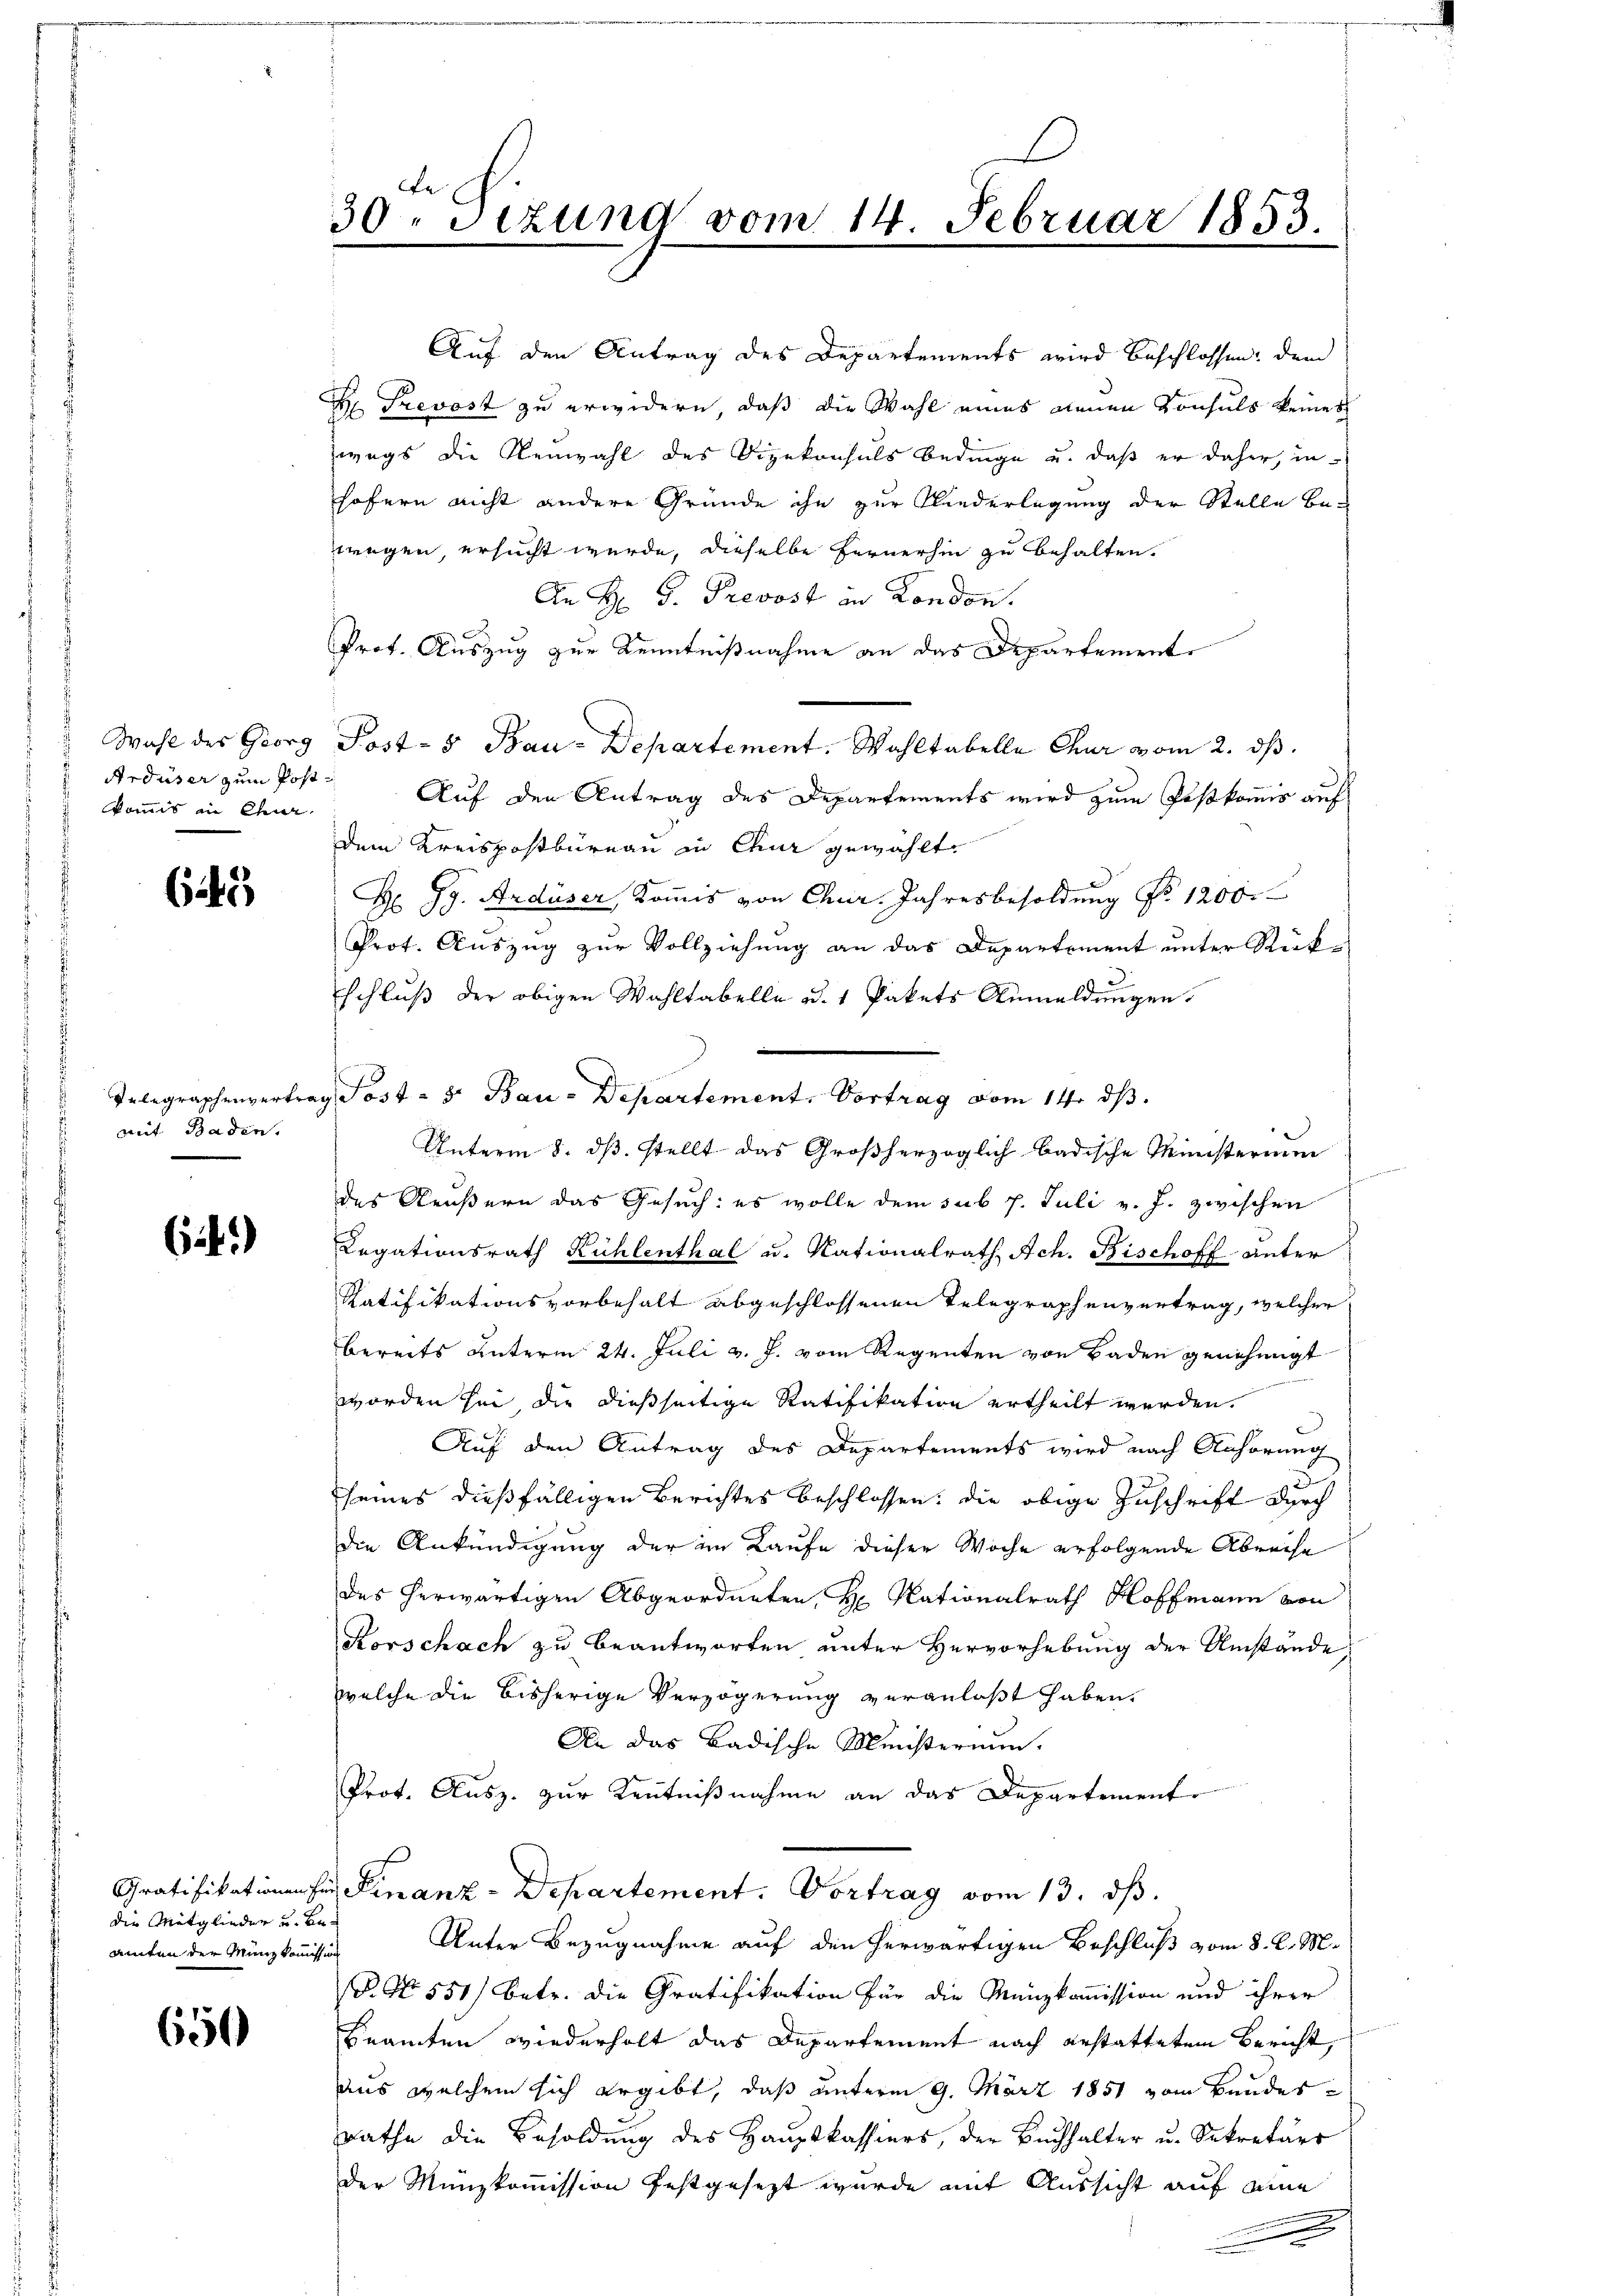
Ardüser zum Postkommis in Chur,

65

mit Baden.

61)

die Mitglieder und Beamten der Münzkommission

650

e
30. Sizung vom 14. Februar 1853.

Auf den Antrag des Departements wird beschlossen, dem
 Trevost zu erwidern, daß die Wahl eines neuen Konsuls keines
wegs die Renzahl des Vizekonsuls Bedinge u. daß er daher, in
hofern nicht andere Grunde ihn zur Niederlegung der Stelle be-
wegen, ersucht wurde, dieselbe Fernerhin zu behalten.
An H. D. Prevost in London.
Prof. Auszug zur Kenntnißnahme an das Departement
Wahl des Georg Post- & Bau-Departement. Wahltabelle Chur vom 2. dβ.
Auf den Antrag des Departements wird zum Postkomis auf
dem Kreispostbüreau in Chur gewählt.
H Gg. Ardüser, Kommis von Chur. Jahresbesoldung No 1200.
Prot. Auszug zur Vollziehung an das Departement unter Rückschluß der obigen Wahltabelle u. 1 Pakets Anmeldungen.
Telegraphenvertrag Post - 5. Bau-Departement. Vortrag vom 14. dβ.
Unterm 8. ds. stellt das Großherzoglich badische Ministerium
des Aeußern das Gesuch: es wolle dem sub 7. Juli v. J. zwischen
Legationsrath Kühlenthal u. Kationalrath Ach. Bischoff unter
Ratifikationsvorbehalt abgeschlossenen Telegraphenvertrag, welcher
bereits unterm 24. Juli v. J. vom Regenten von Baden genehmigt
worden sei die dießseitige Ratifikation ertheilt werden.
Auf den Antrag des Departements wird nach Anhörung
seines dießfälligen Berichtes beschlossen: die obige Zuschrift durch
die Ankündigung der im Kaufe dieser Woche erfolgende Abreise
des herwärtigen Abgeordneten, H. Nationalrath Hoffmann von
Korschach zu beantworten unter Hervorhebung der Umstände,
welche die bisherige Verzögerung veranlaßt haben.
An das Badische Ministerium.
Prot. Ausz. zur Kenntnißnahme an das Departement
Gratifikationen hin Finanz-Departement. Vortrag vom 13. ds.
Unter Bezugnahme auf den herwärtigen Beschluß vom 8. d. M.
P. Nr. 551) betr. die Gratifikation für die Münzkommission und ihrer
Beamten wiederholt das Departement nach erstatteten Bericht
Aus welchem sich ergibt, daß unterm 9. März 1851 vom Bundesrathe die Besoldung des Hauptkassiers, der Buchhalter u. Sekretärs
der Münzkommission festgesezt wurde mit Aussicht auf eine
.